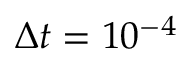
\Delta t = 1 0 ^ { - 4 }